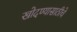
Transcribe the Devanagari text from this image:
खोदण्यासाठीचे